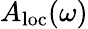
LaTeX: A_{\mathrm{loc}}(\omega)